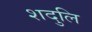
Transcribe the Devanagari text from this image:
शदुलि